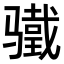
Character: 𬴋